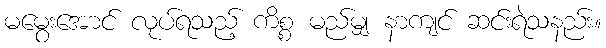
မမွေးအောင် လုပ်ရသည့် ကိစ္စ မည်မျှ နာကျင် ဆင်းရဲသနည်း။